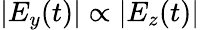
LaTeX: |E_{y}(t)|\propto|E_{z}(t)|